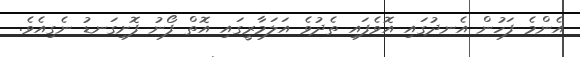
އެންމެ ފަހުން އެނދުގައި އޮވެފައި ތެދުވެ އަލަމާރީގައި އޮތް ފޯނު ފޮށިގަނޑު ނެގިއެވެ.